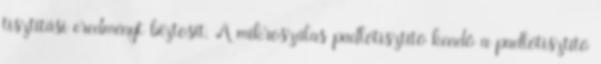
tisztítási eredményt biztosít. A mikroszálas padlótisztító kendő a padlótisztító